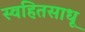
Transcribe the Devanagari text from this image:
स्वहितसाधू